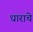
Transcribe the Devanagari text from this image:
धाराचे